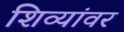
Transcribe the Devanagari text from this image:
शिव्यांवर